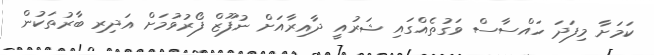
ކަމަށާ މިފަދަ ހައްސާސް ވަގުތެއްގައި ޝަރުއީ ދާއިރާއަށް ނުފޫޒް ފޯރުވުމަށް އަދިރި ބާރުތަކުން